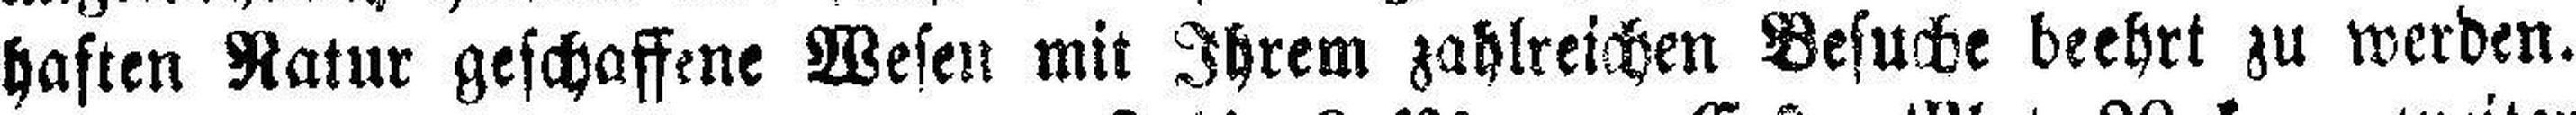
haften Natur geschaffene Wesen mit Ihrem zahlreichen Besuche beehrt zu werden.